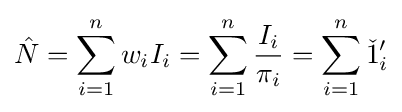
{\hat {N}}=\sum _{i=1}^{n}w_{i}I_{i}=\sum _{i=1}^{n}{\frac {I_{i}}{\pi _{i}}}=\sum _{i=1}^{n}{\check {1}}'_{i}